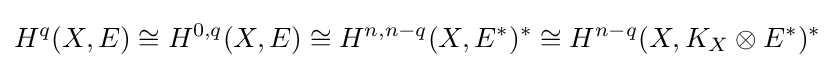
H^{q}(X,E)\cong H^{0,q}(X,E)\cong H^{n,n-q}(X,E^{*})^{*}\cong H^{n-q}(X,K_{X}\otimes E^{*})^{*}